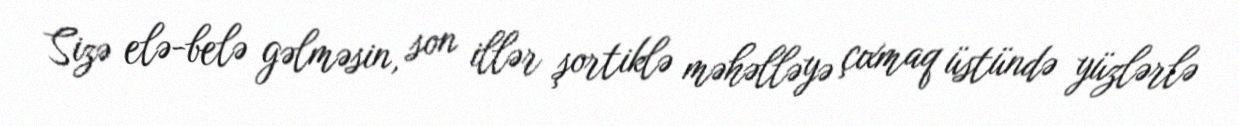
Sizə elə-belə gəlməsin, son illər şortiklə məhəlləyə çıxmaq üstündə yüzlərlə